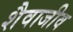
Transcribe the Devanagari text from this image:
शैवाजीव